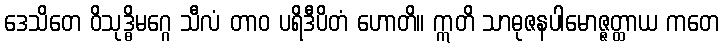
ဒေသိတေ ဝိသုဒ္ဓိမဂ္ဂေ သီလံ တာဝ ပရိဒီပိတံ ဟောတိ။ ဣတိ သာဓုဇနပါမောဇ္ဇတ္ထာယ ကတေ